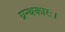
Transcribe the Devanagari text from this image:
ग्रन्थकारः।